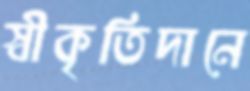
স্বীকৃতিদানে